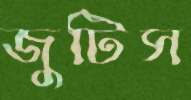
জুটিস